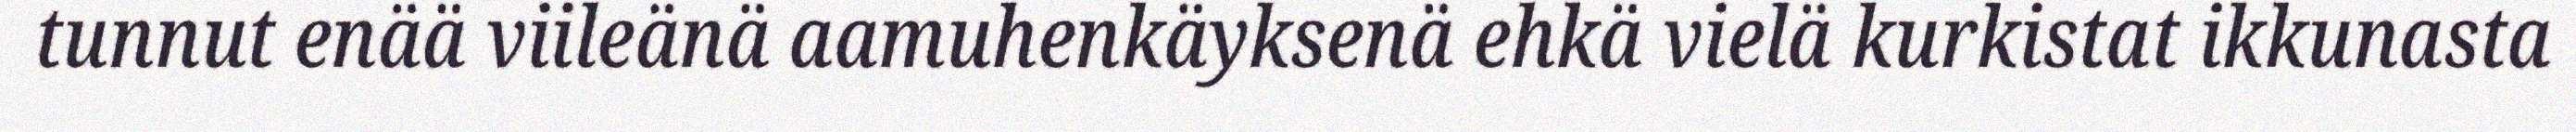
tunnut enää viileänä aamuhenkäyksenä ehkä vielä kurkistat ikkunasta